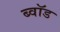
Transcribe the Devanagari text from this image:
ब्वॉड